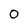
Character: 0